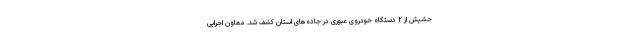
حشیش از ۲ دستگاه خودروی عبوری در جاده‌های استان کشف شد. معاون اجرایی